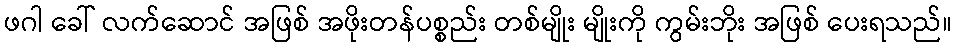
ဖဂါ ခေါ် လက်ဆောင် အဖြစ် အဖိုးတန်ပစ္စည်း တစ်မျိုး မျိုးကို ကွမ်းဘိုး အဖြစ် ပေးရသည်။